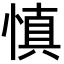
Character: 慎